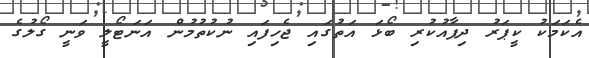
އެކަމަކު ކީޕަރު ދިފާއުކުރި ބޯޅަ އަތުގައި ޖެހިފައި ނުކުތުމުން އަނަޓޯލީ ވަނީ ގޯލުގެ